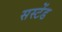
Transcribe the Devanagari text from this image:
सस्टेंड